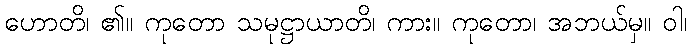
ဟောတိ၊ ၏။ ကုတော သမုဋ္ဌာယာတိ၊ ကား။ ကုတော၊ အဘယ်မှ။ ဝါ၊